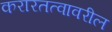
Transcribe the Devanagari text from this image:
करारतत्वावरील